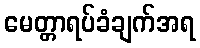
မေတ္တာရပ်ခံချက်အရ